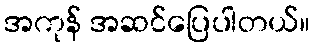
အကုန် အဆင်ပြေပါတယ်။